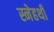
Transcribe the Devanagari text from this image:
स्नेहथी